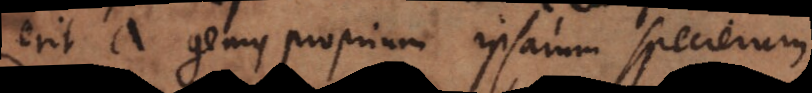
erit a genus proprium ipsarum specierum